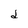
Character: d